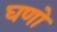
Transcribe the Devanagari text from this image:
घणो